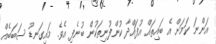
އަންނަ ކަމަށް އެ ބައިތައް އުފައްދާ ކުންފުނިތަކުން ބުނެފި އެވެ. މައިގަނޑު ސަބަބެއް